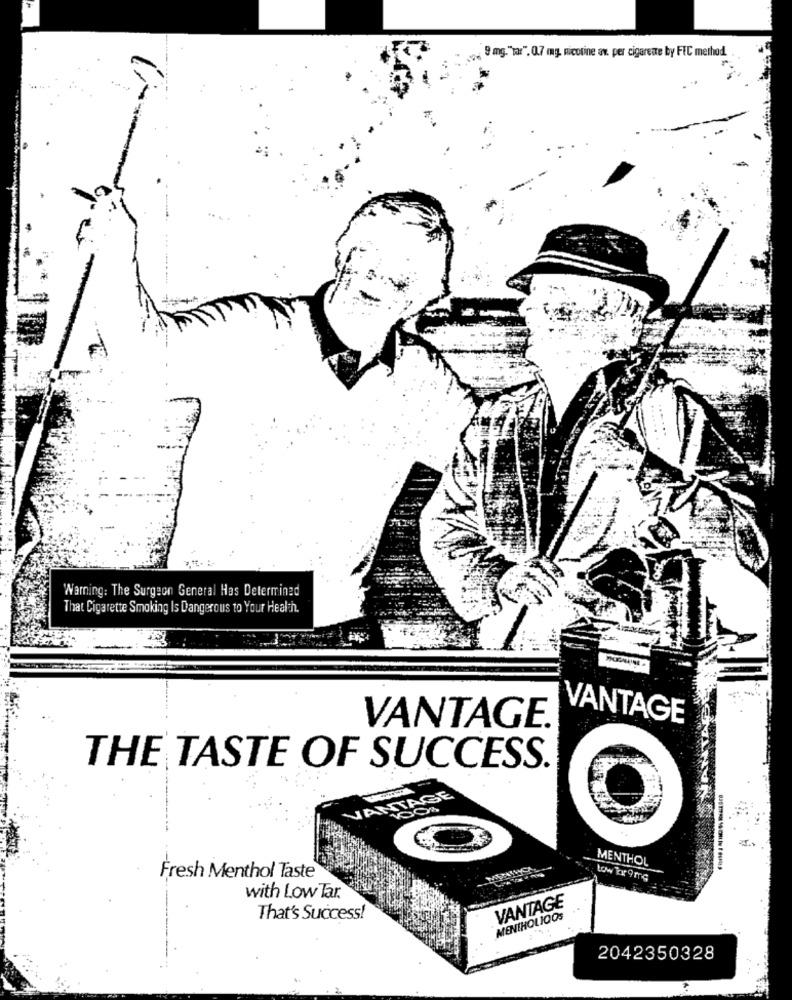
9 mg. "war". 0.7 mg. nicotine av. per cigarette by FEC method.
Warning: The Surgeon General Has Determined
That Cigarette Smoking Is Dangerous to Your Health.
VANTAGE.
VANTAGE
THE TASTE OF SUCCESS.
BE
VANTA
MENTHOL
Fresh Menthol Taste
Low for 9 mg
with Low Tar.
VANTAGE
That's Success!
MENTHOLIQOS
2042350328